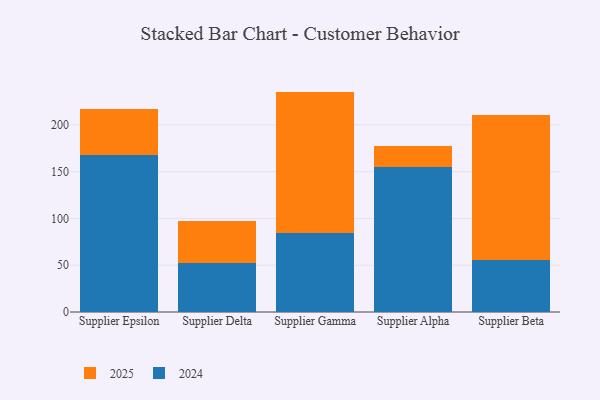
{"axis": {"x": "Supplier", "y": "Net Income (USD K)"}, "legend": ["2024", "2025"], "data": [{"x": "Supplier Epsilon", "y": 49.3, "type": "2025"}, {"x": "Supplier Epsilon", "y": 167.9, "type": "2024"}, {"x": "Supplier Delta", "y": 44.7, "type": "2025"}, {"x": "Supplier Delta", "y": 52.1, "type": "2024"}, {"x": "Supplier Gamma", "y": 151.0, "type": "2025"}, {"x": "Supplier Gamma", "y": 84.5, "type": "2024"}, {"x": "Supplier Alpha", "y": 22.7, "type": "2025"}, {"x": "Supplier Alpha", "y": 154.9, "type": "2024"}, {"x": "Supplier Beta", "y": 154.8, "type": "2025"}, {"x": "Supplier Beta", "y": 55.8, "type": "2024"}]}